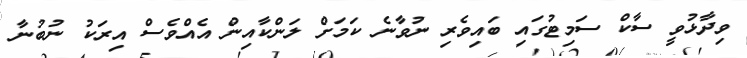
ވިދާޅުވީ ސާކް ސަމިޓުގައި ބައިވެރި ނުވާނެ ކަމަށް ލަންކާއިން އެއްވެސް އިރަކު ނުބުނާ